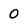
Character: 0